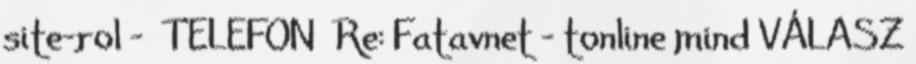
site-rol - TELEFON Re: Fatavnet - tonline mind VÁLASZ